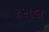
રસલ